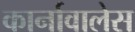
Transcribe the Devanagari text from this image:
कार्नावालेस